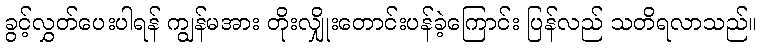
ခွင့်လွှတ်ပေးပါရန် ကျွန်မအား တိုးလျှိုးတောင်းပန်ခဲ့ကြောင်း ပြန်လည် သတိရလာသည်။